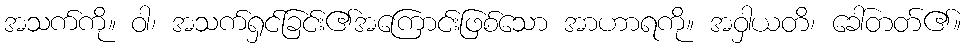
အသက်ကို။ ဝါ၊ အသက်ရှင်ခြင်း၏အကြောင်းဖြစ်သော အာဟာရကို။ အဝှါယတိ၊ ခေါ်တတ်၏။